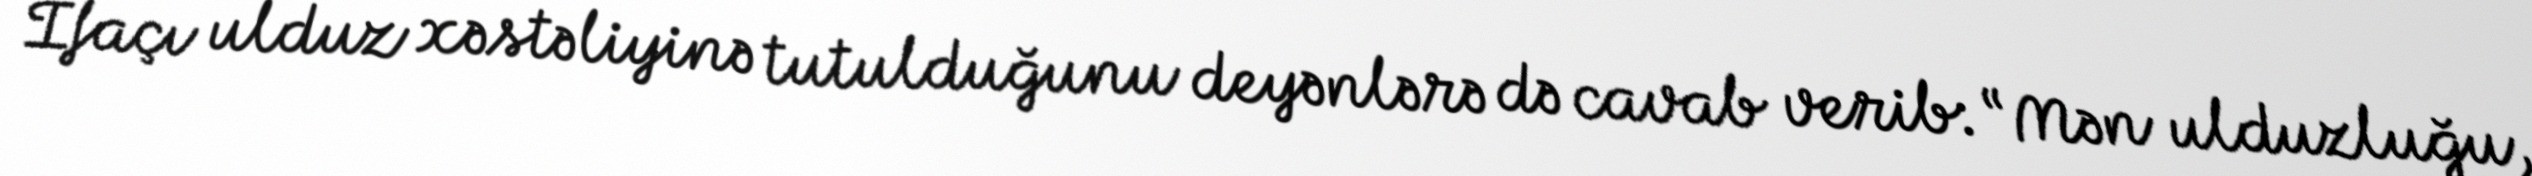
İfaçı ulduz xəstəliyinə tutulduğunu deyənlərə də cavab verib: “Mən ulduzluğu,